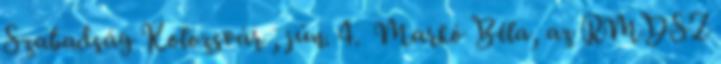
Szabadság Kolozsvár , jún. 4. Markó Béla, az RMDSZ